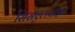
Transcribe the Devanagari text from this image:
सिसएलपाइन